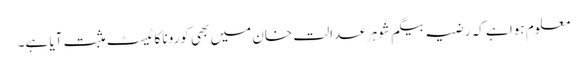
معلوم ہوا ہے کہ رضیہ بیگم شوہر عدالت خان میں بھی کورونا کا ٹیسٹ مثبت آیا ہے۔